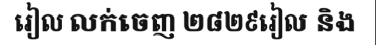
រៀល លក់ចេញ ២៨២៩រៀល និង